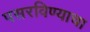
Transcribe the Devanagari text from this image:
पसरविण्याचा